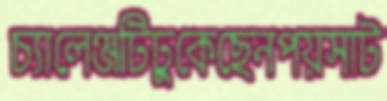
চ্যালেঞ্জটিঢুকেছেনপয়সাট